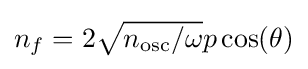
{\textstyle n_{f}=2{\sqrt {n_{\mathrm {osc} }/\omega }}p\cos(\theta )}